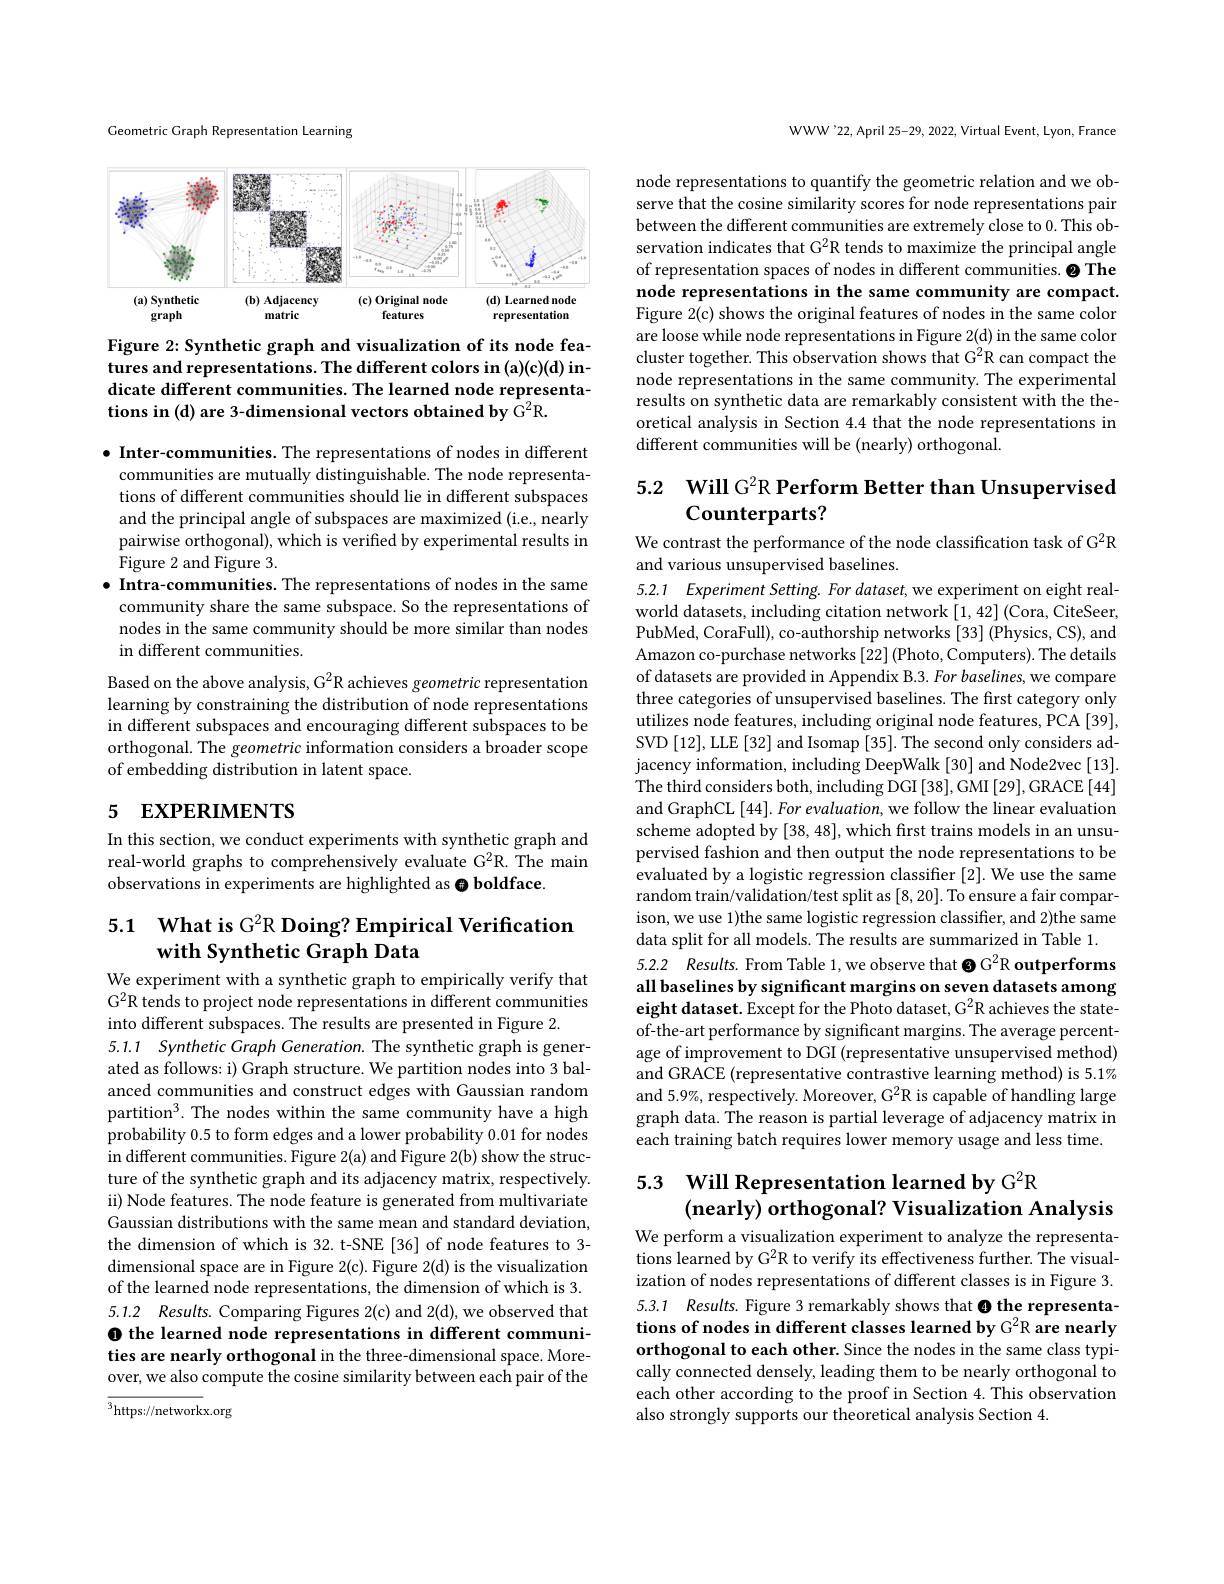
Geometric Graph Representation Learning

<FigureHere>

Figure 2: Synthetic graph and visualization of its node features and representations. The different colors in (a)(c)(d) indicate different communities. The learned node representations in (d) are 3-dimensional vectors obtained by G$^2$R.

$\bullet$ Inter-communities. The representations of nodes in different communities are mutually distinguishable. The node representations of different communities should lie in different subspaces and the principal angle of subspaces are maximized (i.e., nearly pairwise orthogonal), which is verified by experimental results in Figure 2 and Figure 3.
$\bullet$ Intra-communities. The representations of nodes in the same community share the same subspace. So the representations of nodes in the same community should be more similar than nodes in different communities.
Based on the above analysis, G$^2$R achieves geometric representation learning by constraining the distribution of node representations in different subspaces and encouraging different subspaces to be orthogonal. The geometric information considers a broader scope of embedding distribution in latent space.

# 5 EXPERIMENTS

In this section, we conduct experiments with synthetic graph and real-world graphs to comprehensively evaluate G2R. The main observations in experiments are highlighted as $\Theta$ boldface

# 5.1 What is G$^{2}$R Doing? Empirical Verification with Synthetic Graph Data

We experiment with a synthetic graph to empirically verify that $G^{2}\dot{\text{R tends to project node representations in different communities}}$ into different subspaces. The results are presented in Figure 2.

5.1.1 Synthetic Graph Generation. The synthetic graph is generated as follows: i) Graph structure. We partition nodes into 3 balanced communities and construct edges with Gaussian random partition$^3.$The nodes within the same community have a high probability 0.5 to form edges and a lower probability 0.01 for nodes in different communities. Figure 2(a) and Figure 2(b) show the structure of the synthetic graph and its adjacency matrix, respectively. ii) Node features. The node feature is generated from multivariate Gaussian distributions with the same mean and standard deviation, the dimension of which is 32. t-SNE [36] of node features to 3- dimensional space are in Figure 2( c) . Figure 2( d) is the visualization of the learned node representations, the dimension of which is 3. 5.1.2 Results. Comparing Figures 2(c) and 2(d), we observed that O the learned node representations in different communities are nearly orthogonal in the three-dimensional space. More-

over, we also compute the cosine similarity between each pair of the

$^{3}$https://networkx.org

WWW'22, April 25-29, 2022, Virtual Event, Lyon, France

node representations to quantify the geometric relation and we observe that the cosine similarity scores for node representations pair between the different communities are extremely close to 0. This observation indicates that G$^2$R tends to maximize the principal angle of representation spaces of nodes in different communities. ◉The node representations in the same community are compact. Figure 2(c) shows the original features of nodes in the same color are loose while node representations in Figure 2(d) in the same color cluster together. This observation shows that G$^{2}$R can compact the node representations in the same community. The experimental results on synthetic data are remarkably consistent with the theoretical analysis in Section 4.4 that the node representations in different communities will be (nearly) orthogonal.

# 5.2 $\textbf{Will G}^2$R Perform Better than Unsupervised Counterparts?

We contrast the performance of the node classification task of G$^2$R
and various unsupervised baselines.

5.2.1 Experiment Setting. For dataset, we experiment on eight realworld datasets, including citation network $[1,42]\left(\mathrm{Cora,CiteSeer,}\right)$ PubMed, CoraFull), co-authorship networks [33] (Physics, CS), and Amazon co-purchase networks $[22]\left(\mathrm{Photo,Computers}\right).$ The details of datasets are provided in Appendix B.3. For baselines, we compare three categories of unsupervised baselines. The first category only utilizes node features, including original node features, PCA [39], SVD [12],LLE [32] and Isomap [35]. The second only considers adjacency information, including DeepWalk [30] and Node2vec [13]. The third considers both, including DGI [38], GMI [29], GRACE [44] and GraphCL [44]. For evaluation, we follow the linear evaluation scheme adopted by [38, 48], which frst trains models in an unsupervised fashion and then output the node representations to be evaluated by a logistic regression classifier [2]. We use the same random train/validation/test split as [8,20]. To ensure a fair comparison, we use 1)the same logistic regression classifier, and 2)the same data split for all models. The results are summarized in Table 1.
5.2.2 Results. From Table 1, we observe that ◉G$^{2}$R outperforms all baselines by significant margins on seven datasets among eight dataset. Except for the Photo dataset, G$^2$R achieves the stateof-the-art performance by significant margins. The average percentage of improvement to DGI (representative unsupervised method) and GRACE (representative contrastive learning method) is 5.1% and 5.9%, respectively. Moreover, G$^2$R is capable of handling large graph data. The reason is partial leverage of adjacency matrix in each training batch requires lower memory usage and less time.

# 5.3 Will Representation learned by G2R (nearly) orthogonal? Visualization Analysis

We perform a visualization experiment to analyze the representa- $\dot{\text{tions learned by G}^2}$R to verify its effectiveness further. The visualization of nodes representations of different classes is in Figure 3. 5.3.1 Results. Figure 3 remarkably shows that ◉the representa-

tions of nodes in different classes learned by G$^2$R are nearly orthogonal to each other. Since the nodes in the same class typically connected densely, leading them to be nearly orthogonal to each other according to the proof in Section 4. This observation also strongly supports our theoretical analysis Section 4.